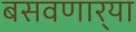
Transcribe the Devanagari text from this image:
बसवणार्‍या